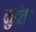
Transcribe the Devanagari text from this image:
कुइंतो